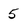
Character: 5